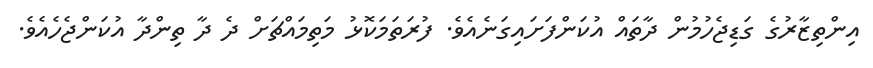
އިންތިޒާރުގެ ގަޑިޖެހުމުން ދާތައް އުކަންފަށައިގަނެއެވެ. ފުރަތަމަކޮޅު މަތިމައްޗަށް ދެ ދާ ތިންދާ އުކަންޖެހެއެވެ.